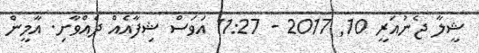
ޝީލާ ޖެނުއަރީ 10